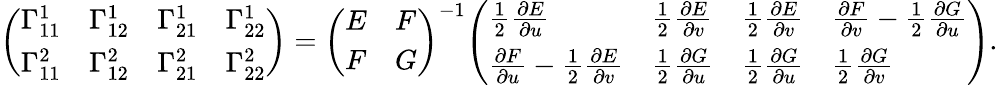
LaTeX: {\left(\begin{array}{llll}{\Gamma_{11}^{1}}&{\Gamma_{12}^{1}}&{\Gamma_{21}^{1}}&{\Gamma_{22}^{1}}\\ {\Gamma_{11}^{2}}&{\Gamma_{12}^{2}}&{\Gamma_{21}^{2}}&{\Gamma_{22}^{2}}\end{array}\right)}={\left(\begin{array}{ll}{E}&{F}\\ {F}&{G}\end{array}\right)}^{-1}{\left(\begin{array}{llll}{{\frac{1}{2}}{\frac{\partial E}{\partial u}}}&{{\frac{1}{2}}{\frac{\partial E}{\partial v}}}&{{\frac{1}{2}}{\frac{\partial E}{\partial v}}}&{{\frac{\partial F}{\partial v}}-{\frac{1}{2}}{\frac{\partial G}{\partial u}}}\\ {{\frac{\partial F}{\partial u}}-{\frac{1}{2}}{\frac{\partial E}{\partial v}}}&{{\frac{1}{2}}{\frac{\partial G}{\partial u}}}&{{\frac{1}{2}}{\frac{\partial G}{\partial u}}}&{{\frac{1}{2}}{\frac{\partial G}{\partial v}}}\end{array}\right)}.